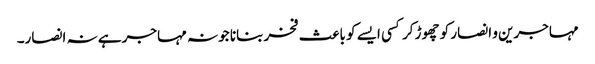
مہاجرین و انصار کو چھوڑ کر کسی ایسے کو باعث فخر بنانا جو نہ مہاجر ہے نہ انصار۔